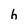
Character: h